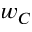
w _ { C }